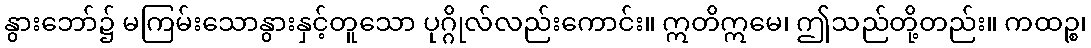
နွားဘော်၌ မကြမ်းသောနွားနှင့်တူသော ပုဂ္ဂိုလ်လည်းကောင်း။ ဣတိဣမေ၊ ဤသည်တို့တည်း။ ကထဉ္စ၊